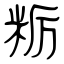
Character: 粝